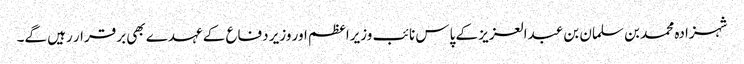
شہزادہ محمد بن سلمان بن عبدالعزیز کے پاس نائب وزیراعظم اور وزیر دفاع کے عہدے بھی برقرار رہیں گے۔